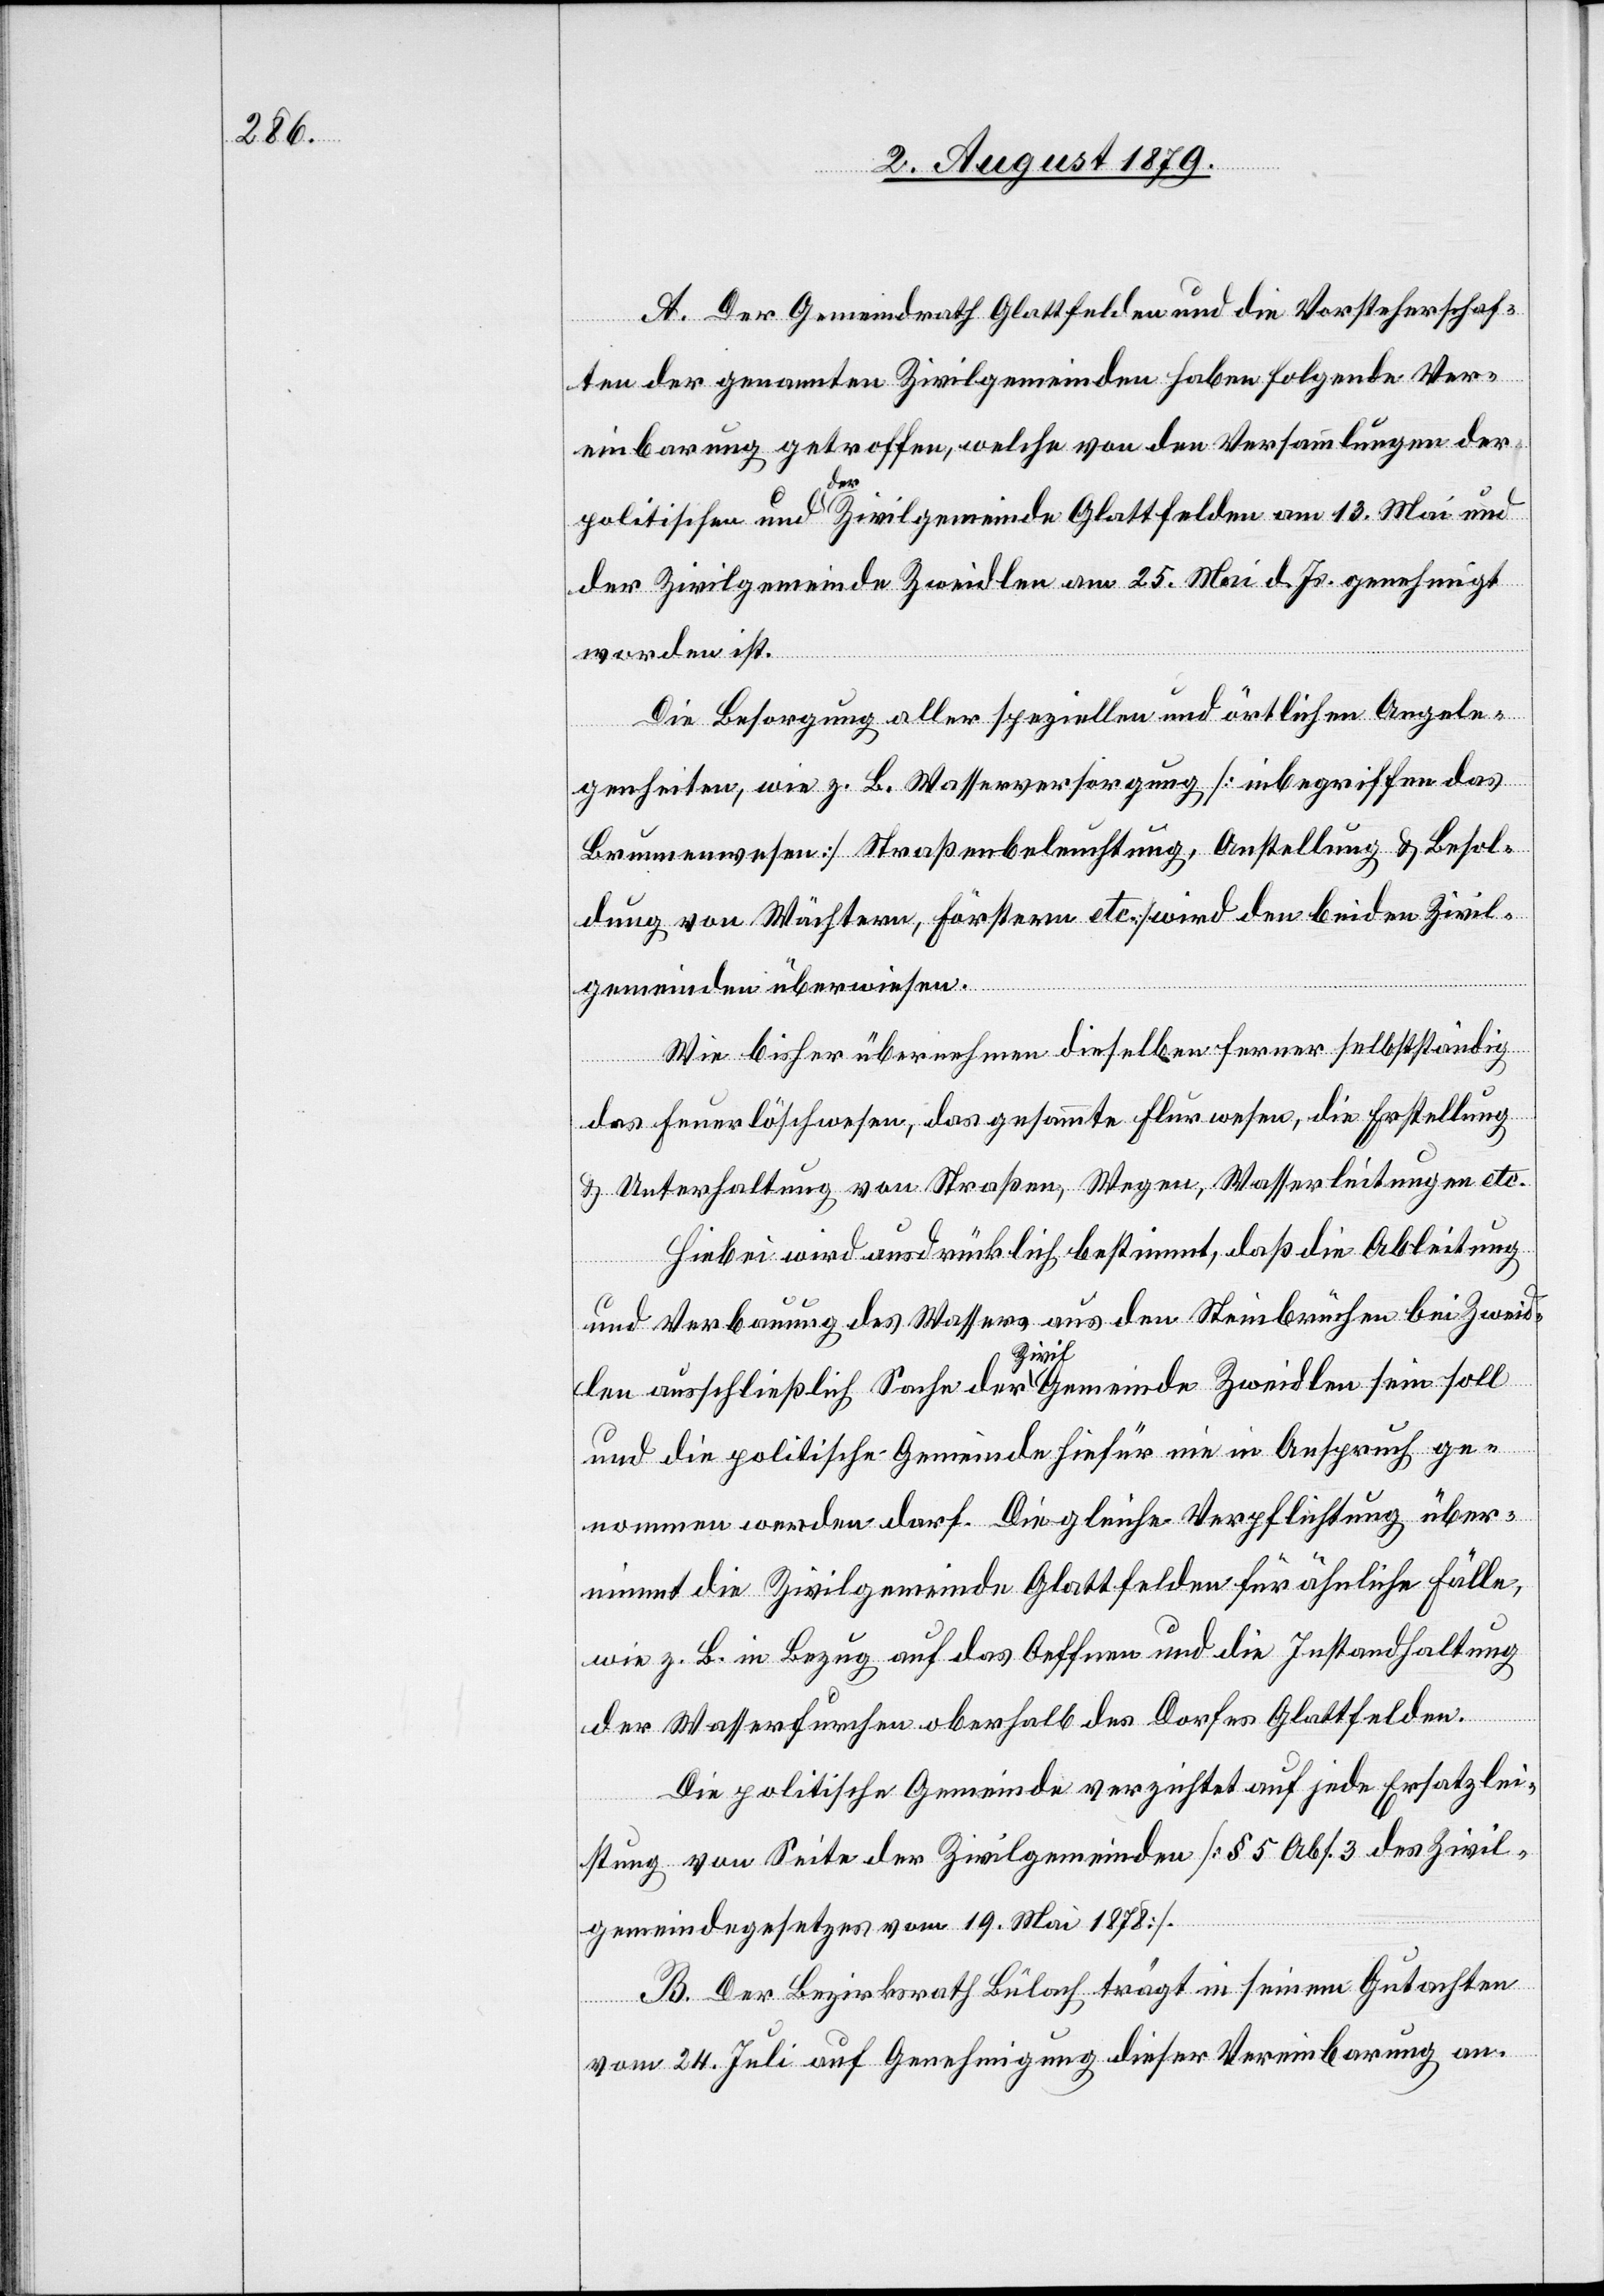
A. Der Gemeindrath Glattfelden und die Vorsteherschaf¬
ten der genannten Zivilgemeinden haben folgende Ver¬
einbarung getroffen, welche von den Versammlungen der
politischen und der Zivilgemeinde Glattfelden am 13. Mai und
der Zivilgemeinde Zweidlen am 25. Mai d. Js. genehmigt
worden ist.
Die Besorgung aller speziellen und örtlichen Angele¬
genheiten, wie z. B. Wasserversorgung [inbegriffen das
Brunnenwesen], Straßenbeleuchtung, Anstellung & Besol¬
dung von Wächtern, Förstern etc. wird den beiden Zivil¬
gemeinden überwiesen.
Wie bisher übernehmen dieselben ferner selbstständig
das Feuerlöschwesen, das gesammte Flurwesen, die Erstellung
& Unterhaltung von Straßen, Wegen, Wasserleitungen etc.
Hiebei wird ausdrücklich bestimmt, daß die Ableitung
und Verbauung des Wassers aus den Steinbrüchen bei Zweid¬
len ausschließlich Sache der Zivilgemeinde Zweidlen sein soll
und die politische Gemeinde hiefür nie in Anspruch ge¬
nommen werden darf. Die gleiche Verpflichtung über¬
nimmt die Zivilgemeinde Glattfelden für ähnliche Fälle,
wie z. B. in Bezug auf das Oeffnen und die Instandhaltung
der Wasserfurchen oberhalb des Dorfes Glattfelden.
Die politische Gemeinde verzichtet auf jede Ersatzlei¬
stung von Seite der Zivilgemeinde [§ 5 Abs. 3 des Zivil¬
gemeindegesetzes vom 19. Mai 1878].
B. Der Bezirksrath Bülach trägt in seinem Gutachten
vom 24. Juli auf Genehmigung dieser Vereinbarung an.